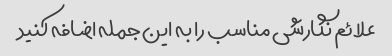
علائم نگارشی مناسب را به این جمله اضافه کنید